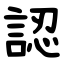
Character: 認